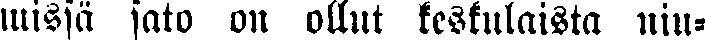
missä sato on ollut keskulaista niu-